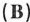
（B）